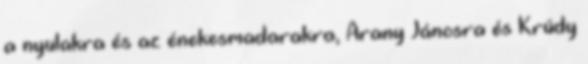
a nyulakra és az énekesmadarakra, Arany Jánosra és Krúdy